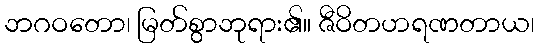
ဘဂဝတော၊ မြတ်စွာဘုရား၏။ ဇီဝိတဟရဏတာယ၊